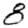
Digit: 8